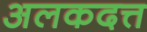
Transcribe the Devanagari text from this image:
अलकदत्त